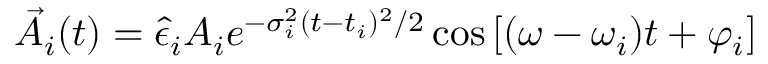
\vec { A } _ { i } ( t ) = \hat { \epsilon } _ { i } A _ { i } e ^ { - \sigma _ { i } ^ { 2 } ( t - t _ { i } ) ^ { 2 } / 2 } \cos \left[ ( \omega - \omega _ { i } ) t + \varphi _ { i } \right]